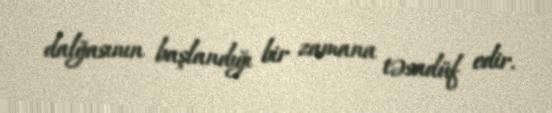
dalğasının başlandığı bir zamana təsadüf edir.